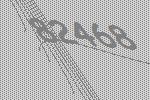
82468